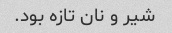
شیر و نان تازه بود.